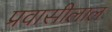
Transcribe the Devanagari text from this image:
प्रवासीलाल